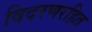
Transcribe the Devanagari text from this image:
विदरणरहित